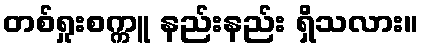
တစ်ရှုးစက္ကူ နည်းနည်း ရှိသလား။